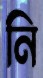
নি